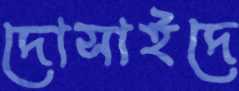
দোসাইদে